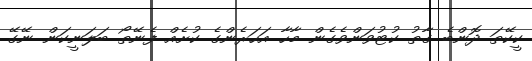
ކީކޭތަ ދޮންބެ ގާތު ކުޓުވަންވެގެން މާހާ އަހަރެންގެ ކުށެއް ފެނޭތޯ ބަލަނީކަން ނޭގޭ